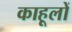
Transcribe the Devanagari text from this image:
काहूलों